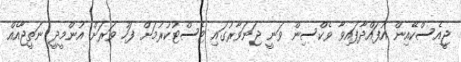
ޖީއެސްކޭއިން އުފައްދާފައިވާ ވެކްސިން ވަނީ ޖަނަވާރުގައި ޓެސްޓުކުރުމަށް ފަހު ވަރަށް އުންމީދީ ނަތީޖާއެއް